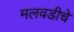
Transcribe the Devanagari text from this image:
मलवडीचे